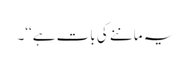
یہ ماننے کی بات ہے‘‘۔